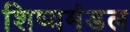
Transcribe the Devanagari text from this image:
शिष्यमंडल